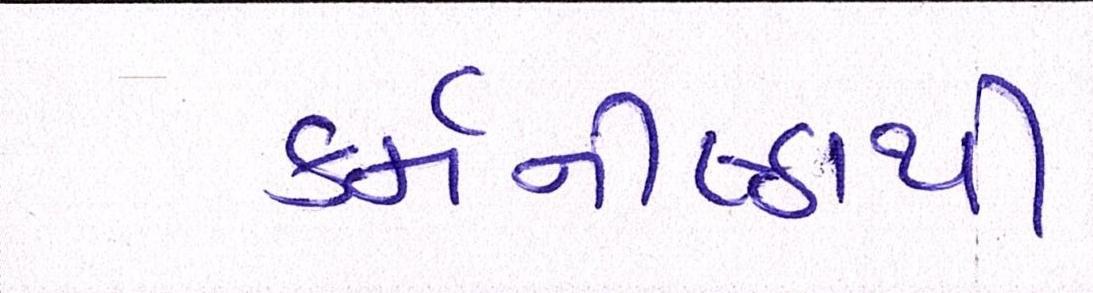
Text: કર્મનીષ્ઠાથી